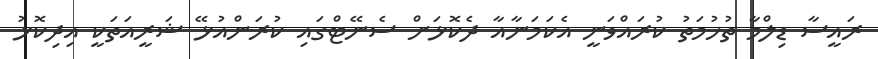
ރައީސާ ޑިލްމާ ތުހުމަތު ކުރައްވަނީ އެކަމަނާއާ ދެކޮޅަށް ސެނޭޓްގައި ކުރަންއުޅޭ ޝަރީއަތަކީ އިދިކޮޅު